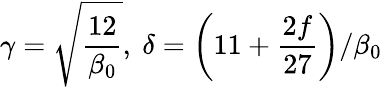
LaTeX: \gamma=\sqrt{\frac{12}{\beta_{0}}},\mathrm{~}\delta=\left(11+\frac{2f}{27}\right)/\beta_{0}